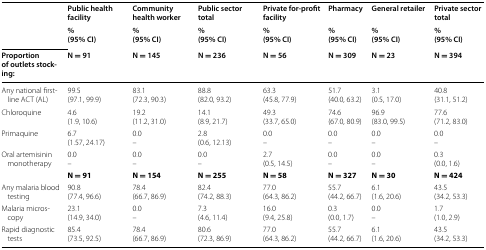
<table><thead><tr><td rowspan="2"></td><td><b>Public health facility</b></td><td><b>Community health worker</b></td><td><b>Public sector total</b></td><td><b>Private for-profit facility</b></td><td><b>Pharmacy</b></td><td><b>General retailer</b></td><td><b>Private sector total</b></td></tr><tr><td><b>%(95% CI)</b></td><td><b>%(95% CI)</b></td><td><b>%(95% CI)</b></td><td><b>%(95% CI)</b></td><td><b>%(95% CI)</b></td><td><b>%(95% CI)</b></td><td><b>%(95% CI)</b></td></tr><tr><td><b>Proportion of outlets stocking:</b></td><td><b>N = 91</b></td><td><b>N = 145</b></td><td><b>N = 236</b></td><td><b>N = 56</b></td><td><b>N = 309</b></td><td><b>N = 23</b></td><td><b>N = 394</b></td></tr></thead><tbody><tr><td>Any national first-line ACT (AL)</td><td>99.5(97.1, 99.9)</td><td>83.1(72.3, 90.3)</td><td>88.8(82.0, 93.2)</td><td>63.3(45.8, 77.9)</td><td>51.7(40.0, 63.2)</td><td>3.1(0.5, 17.0)</td><td>40.8(31.1, 51.2)</td></tr><tr><td>Chloroquine</td><td>4.6(1.9, 10.6)</td><td>19.2(11.2, 31.0)</td><td>14.1(8.9, 21.7)</td><td>49.3(33.7, 65.0)</td><td>74.6(67.0, 80.9)</td><td>96.9(83.0, 99.5)</td><td>77.6(71.2, 83.0)</td></tr><tr><td>Primaquine</td><td>6.7(1.57, 24.17)</td><td>0.0–</td><td>2.8(0.6, 12.13)</td><td>0.0–</td><td>0.0–</td><td>0.0–</td><td>0.0–</td></tr><tr><td>Oral artemisinin monotherapy</td><td>0.0–</td><td>0.0–</td><td>0.0–</td><td>2.7(0.5, 14.5)</td><td>0.0–</td><td>0.0–</td><td>0.3(0.0, 1.6)</td></tr><tr><td></td><td><b>N = 91</b></td><td><b>N = 154</b></td><td><b>N = 255</b></td><td><b>N = 58</b></td><td><b>N = 327</b></td><td><b>N = 30</b></td><td><b>N = 424</b></td></tr><tr><td>Any malaria blood testing</td><td>90.8(77.4, 96.6)</td><td>78.4(66.7, 86.9)</td><td>82.4(74.2, 88.3)</td><td>77.0(64.3, 86.2)</td><td>55.7(44.2, 66.7)</td><td>6.1(1.6, 20.6)</td><td>43.5(34.2, 53.3)</td></tr><tr><td>Malaria microscopy</td><td>23.1(14.9, 34.0)</td><td>0.0–</td><td>7.3(4.6, 11.4)</td><td>16.0(9.4, 25.8)</td><td>0.3(0.0, 1.7)</td><td>0.0–</td><td>1.7(1.0, 2.9)</td></tr><tr><td>Rapid diagnostic tests</td><td>85.4(73.5, 92.5)</td><td>78.4(66.7, 86.9)</td><td>80.6(72.3, 86.9)</td><td>77.0(64.3, 86.2)</td><td>55.7(44.2, 66.7)</td><td>6.1(1.6, 20.6)</td><td>43.5(34.2, 53.3)</td></tr></tbody></table>